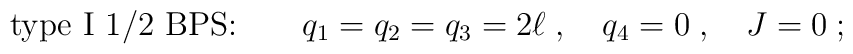
\mbox{type I 1/2 BPS:} \qquad  q_1=q_2=q_3 = 2\ell\;, \quad q_4=0\;, \quad J=0\;;